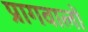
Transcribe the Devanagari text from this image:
प्रागवालों